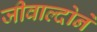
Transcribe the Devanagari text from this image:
जीवाल्दोने